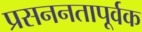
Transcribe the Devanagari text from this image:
प्रसननतापूर्वक